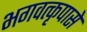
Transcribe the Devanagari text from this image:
भगवत्कृपासे